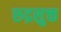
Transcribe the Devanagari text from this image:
रुद्रसुक्त